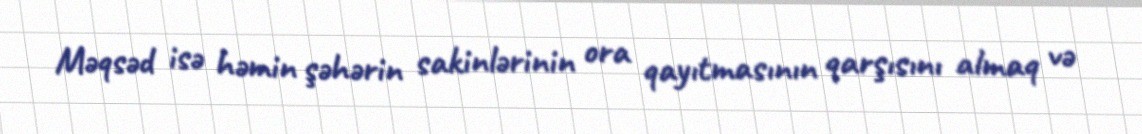
Məqsəd isə həmin şəhərin sakinlərinin ora qayıtmasının qarşısını almaq və